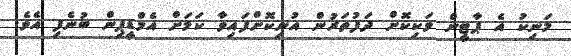
މަނިކު އެ ޕާޓީން ވަކިކޮށް ދަފުތަރުން އުނިކޮށްފައިވާ ކަމަށް އެމްޑީޕިން ބުނެފި އެވެ.